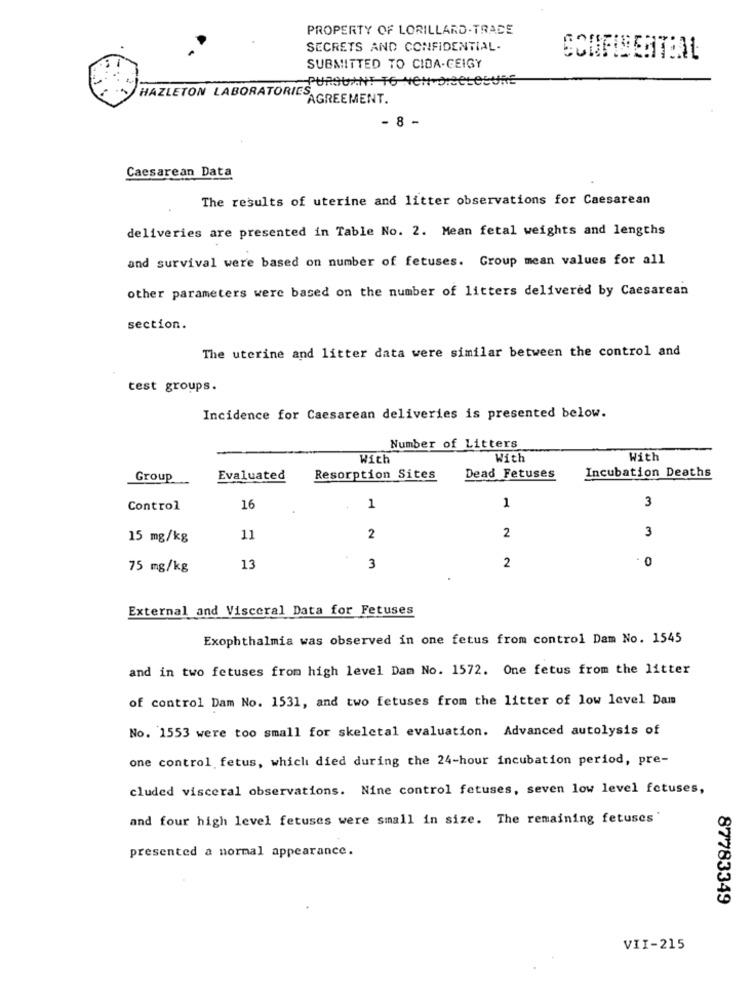
PROPERTY OF LORILLARD.TRADE
SECRETS AND CONFIDENTIAL.
SUBMITTED TO CIDA-GEIGY
PURSUANT TO-NON-DISCLOSURE
HAZLETON LABORATORIES
AGREEMENT.
- 8
Caesarean Data
The results of uterine and litter observations for Caesarean
deliveries are presented in Table No. 2. Mean fetal weights and lengths
and survival were based on number of fetuses. Group mean values for all
other parameters were based on the number of litters delivered by Caesarean
section.
The uterine and litter data were similar between the control and
test groups.
Incidence for Caesarean deliveries is presented below.
Number of Litters
With
With
With
Group
Evaluated
Resorption Sites
Dead Fetuses
Incubation Deaths
3
Control
16
1
1
3
15 mg/kg
11
2
2
2
- 0
75 mg/kg
13
3
External and Visceral Data for Fetuses
Exophthalmia was observed in one fetus from control Dam No. 1545
and in two fetuses from high level Dam No. 1572. One fetus from the litter
of control Dam No. 1531, and two fetuses from the litter of low level Dam
No. 1553 were too small for skeletal evaluation. Advanced autolysis of
one control fetus, which died during the 24-hour incubation period, pre-
cluded visceral observations. Nine control fetuses, seven low level fetuses,
and four high level fetuses were small in size. The remaining fetuses'
presented a normal appearance.
87783349
VII-215